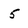
Character: 5